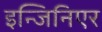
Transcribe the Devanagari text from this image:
इन्जिनिएर